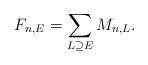
LaTeX: \begin{align*} F_{n,E}=\sum_{L\supseteq E}M_{n,L}.\end{align*}